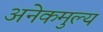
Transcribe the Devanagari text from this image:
अनेकमुल्य